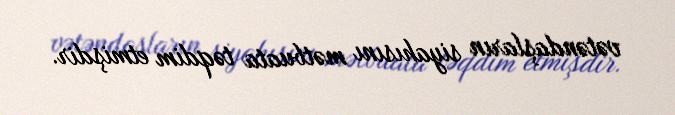
vətəndaşların siyahısını mətbuata təqdim etmişdir.